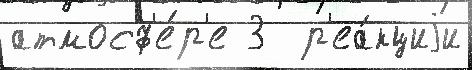
атмосф'е́р'е 3  р'еа́кциjи